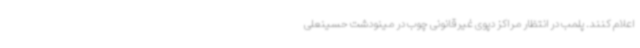
اعلام کنند. پلمب در انتظار مراکز دپوی غیرقانونی چوب در مینودشت حسینعلی